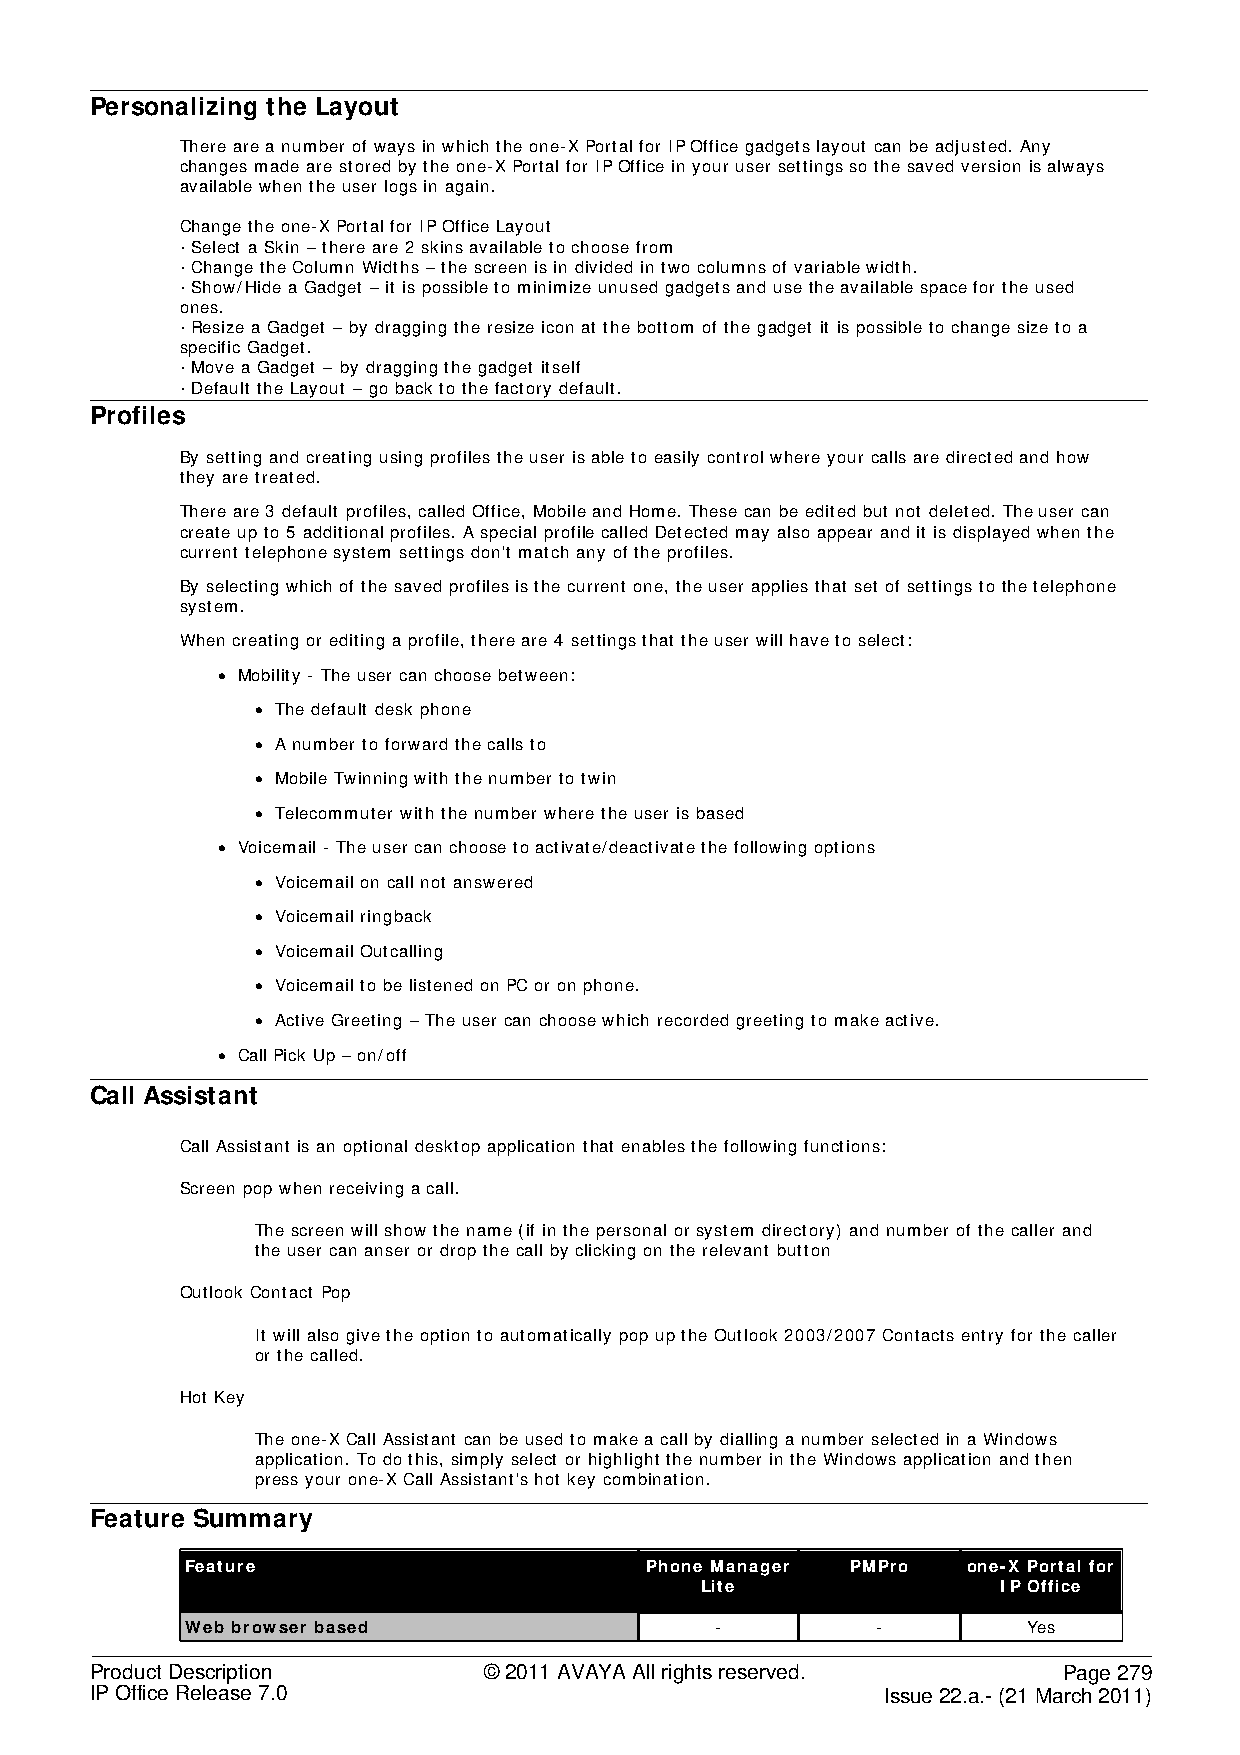
Personalizing the Layout
 There are a number of ways in which the one-X Portal for IP Office gadgets layout can be adjusted. Any
 changes made are stored by the one-X Portal for IP Office in your user settings so the saved version is always
 available when the user logs in again.
 Change the one-X Portal for IP Office Layout
 · Select a Skin – there are 2 skins available to choose from
 · Change the Column Widths – the screen is in divided in two columns of variable width.
 · Show/Hide a Gadget – it is possible to minimize unused gadgets and use the available space for the used
 ones.
 · Resize a Gadget – by dragging the resize icon at the bottom of the gadget it is possible to change size to a
 specific Gadget.
 · Move a Gadget – by dragging the gadget itself
 · Default the Layout – go back to the factory default.
 Profiles
 By setting and creating using profiles the user is able to easily control where your calls are directed and how
 they are treated.
 There are 3 default profiles, called Office, Mobile and Home. These can be edited but not deleted. The user can
 create up to 5 additional profiles. A special profile called Detected may also appear and it is displayed when the
 current telephone system settings don't match any of the profiles.
 By selecting which of the saved profiles is the current one, the user applies that set of settings to the telephone
 system.
 When creating or editing a profile, there are 4 settings that the user will have to select:
 • Mobility - The user can choose between:
 • The default desk phone
 • A number to forward the calls to
 • Mobile Twinning with the number to twin
 • Telecommuter with the number where the user is based
 • Voicemail - The user can choose to activate/deactivate the following options
 • Voicemail on call not answered
 • Voicemail ringback
 • Voicemail Outcalling
 • Voicemail to be listened on PC or on phone.
 • Active Greeting – The user can choose which recorded greeting to make active.
 • Call Pick Up – on/off
 Call Assistant
 Call Assistant is an optional desktop application that enables the following functions:
 Screen pop when receiving a call.
 The screen will show the name (if in the personal or system directory) and number of the caller and
 the user can anser or drop the call by clicking on the relevant button
 Outlook Contact Pop
 It will also give the option to automatically pop up the Outlook 2003/2007 Contacts entry for the caller
 or the called.
 Hot Key
 The one-X Call Assistant can be used to make a call by dialling a number selected in a Windows
 application. To do this, simply select or highlight the number in the Windows application and then
 press your one-X Call Assistant's hot key combination.
 Feature Summary
 Feature                        Phone Manager PMPro  one-X Portal for
 Lite                IP Office
 Web browser based                  -          -         Yes
 Product Description       © 2011 AVAYA All rights reserved.     Page 279
 IP Office Release 7.0                                Issue 22.a.- (21 March 2011)